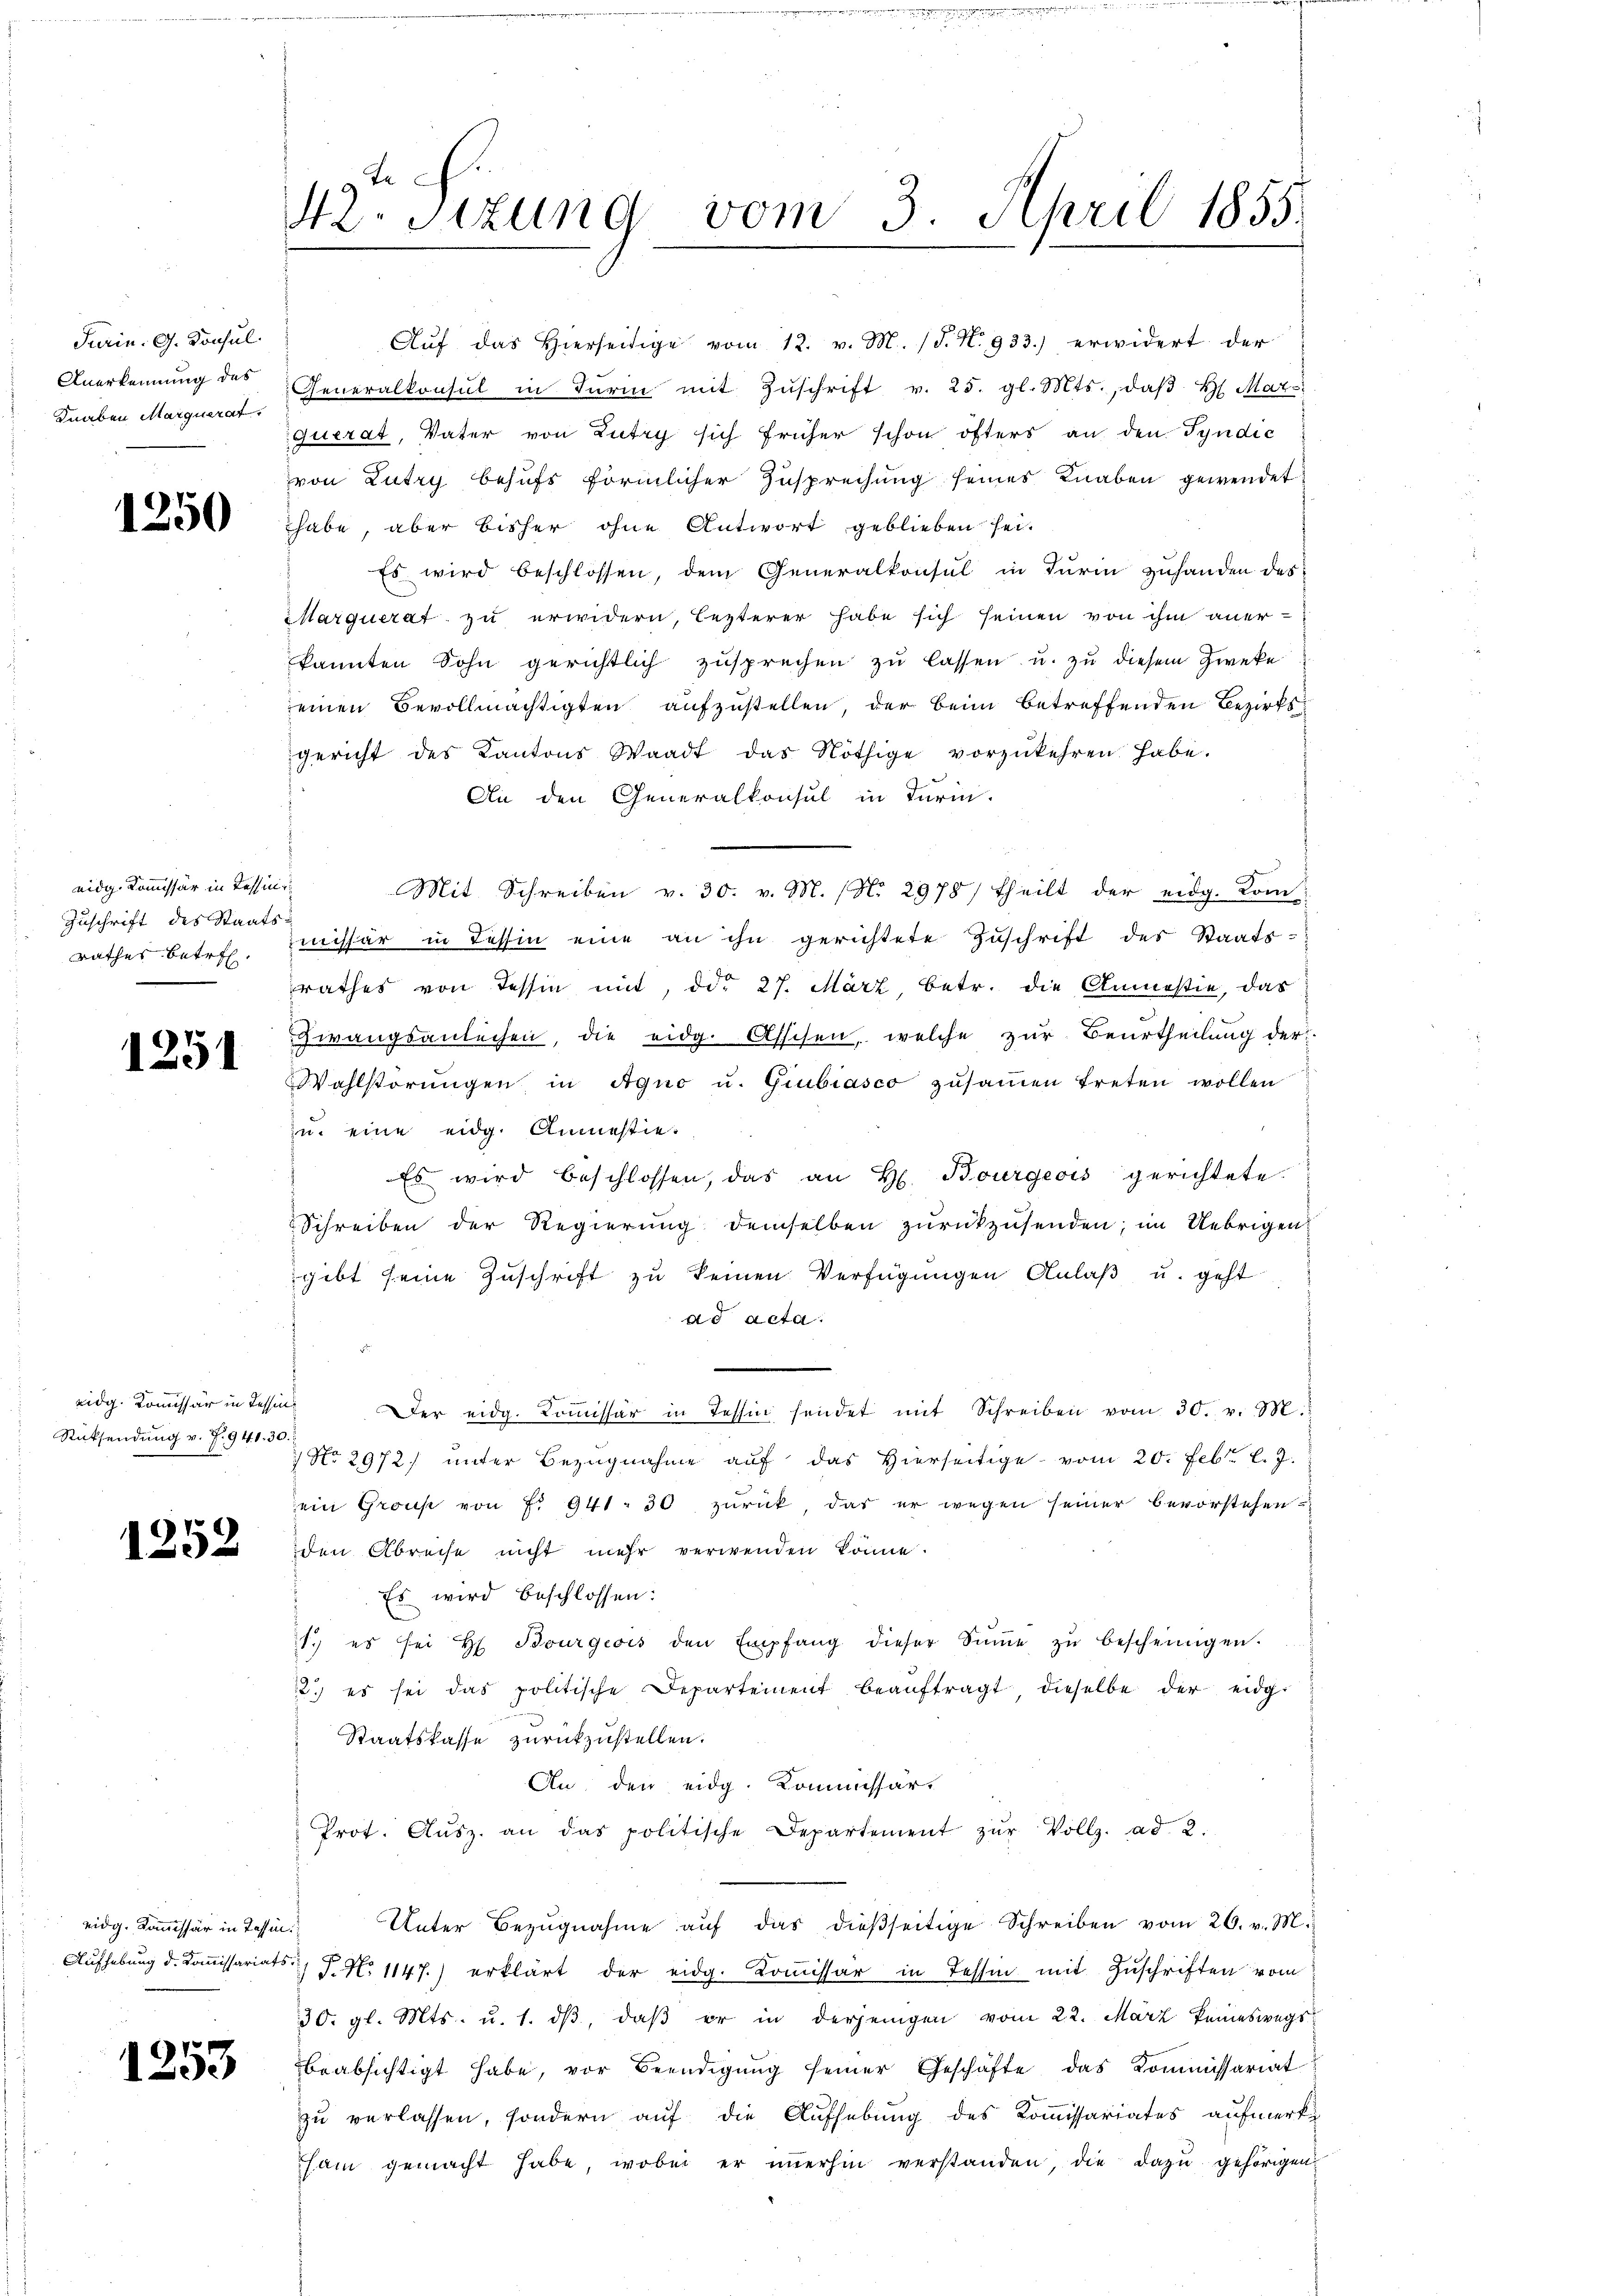
Turin. G. Konsul
Anerkennung des
Knaben Marquerat

1250

eidg. Kommissär in Tessin
Zuschrift des Staats-
rathes betr.

1251

Rücksendung v. P. 941. 30.

1252

eidg. Kommissär in Tessin

1253

c
42. Sitzung vom 3. April 1855.
e

Aŭf das hierseitige vom 12. v. M. (T. N. 933.) erwidert der
Generalkonsul in Turin mit Zŭschrift v. 25. gl. Mts., daβ H. Mar-
querat, Vater von Lutry sich früher schon öfters an den Syndic
von Lutry behufs förmlicher Zusprechung seines Knaben gewendet
habe, aber bisher ohne Antwort geblieben sei.
Es wird beschlossen, dem Generalkonsul in Turin zuhanden des
Marquerat zu erwidern, lezterer habe sich seinen von ihm anerkannten Sohn gerichtlich zusprechen zu lassen u. zu diesem Zweke
einen Bevollmächtigten aufzustellen, der beim betreffenden Bezirksgericht des Kantons Waadt das Nöthige vorzukehren habe.
An den Generalkonsul in Turin.
Mit Schreiben v. 30. v. M. (N. 2978/ theilt der eidg. Kom
mmissär in Tessin eine an ihn gerichtete Zuschrift des Staatsrathes von Tessin mit, die 27. März, betr. die Anmesie, das
wangsanleihen, die eidg. Asschen, welche zur Beurtheilung der
Wahlstörŭngen in Agno u. Giubiasco zŭsaṁen treten wollen
zu eine eidg. Anmastie¬
Es wird beschlossen, das an H. Bourgeois gerichtete.
Schreiben der Regierŭng demselben zŭrückzŭsenden; im Uebrigen
gibt seine Zuschrift zu keinen Verfügungen Anlaß u. geht
ad acta.
eidg. Komissär in Tessin. Der eidg. Koṁissär in Tessin sendet mit Schreiben vom 30. v. M.
No. 2972. unter Bezugnahme aŭf das Hierseitige vom 20. Febr. l. J.
ein Group von f. 941 : 30 zurück, das er wegen seiner bevorstehenden Abreise nicht mehr verwenden könne.
Es wird beschlossen:
1. es sei H. Bourgeois den Empfang dieser Sŭṁe zŭ bescheinigen.
2.) es sei das politische Departement beaŭftragt, dieselbe der eidg
Staatskasse zurückzustellen.
An den eidg. Kommissär,
Prot. Aŭsz. an das politische Departement zŭr Vollz. ad. 2.
Unter Bezŭgnahme aŭf das dieβseitige Schreiben vom 26. v. M.
Aufhebung d. Koṁissariats S. No 1147.) erklärt der eidg. Koṁissar in Tessin mit Zuschriften vom
30. gl. Mts. u. 1. dβ, daβ er in derjenigen vom 22. März keineswegs
beabsichtigt habe, vor Beendigŭng seiner Geschäfte das Kommissariat
zu verlassen, sondern auf die Aufhebung des Kommissariates aufmerke
sam gemacht habe, wobei er immerhin verstanden, die dazu gehörigen